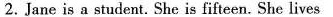
2.Jane is a student. She is fifteen.She lives